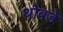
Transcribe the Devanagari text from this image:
थोबडे